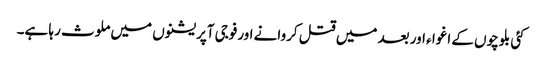
کئی بلوچوں کے اغوا ء اور بعد میں قتل کروانے اورفوجی آپریشنوں میں ملوث رہا ہے۔